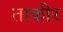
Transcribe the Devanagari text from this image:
ताकीर